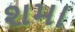
શમા